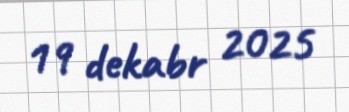
19 dekabr 2025